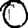
Digit: 0